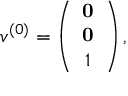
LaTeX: v ^ { ( 0 ) } = \left( \begin{array} { c c c } { { { \bf 0 } } } \\ { { { \bf 0 } } } \\ { { 1 } } \end{array} \right) ,